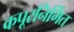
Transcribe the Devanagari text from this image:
कपूरनिर्मित